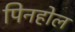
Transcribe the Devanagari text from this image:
पिनहोल